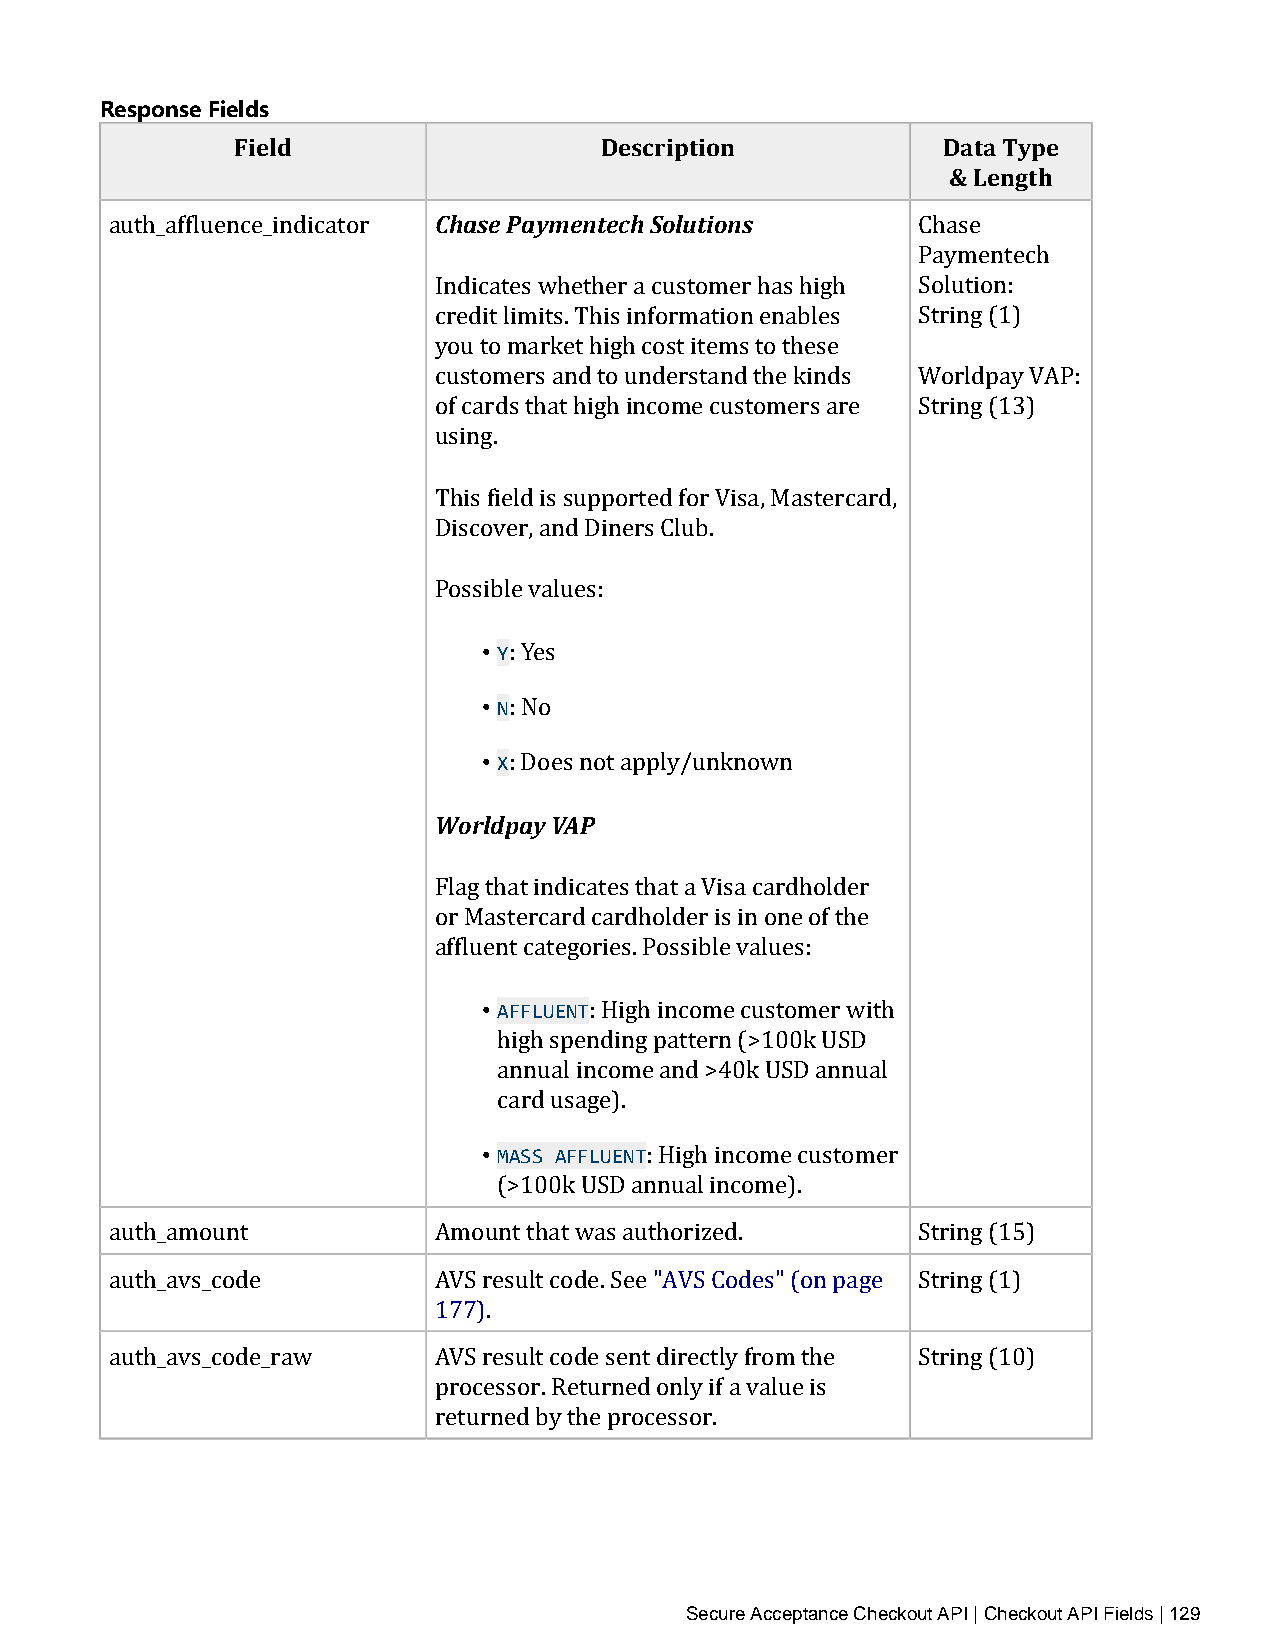
Response Fields
 Field                   Description           Data Type
 & Length
 Chase Paymentech Solutions
 auth_affluence_indicator                              Chase
 Paymentech
 Indicates whether a customer has high Solution:
 credit limits. This information enables String (1)
 you to market high cost items to these
 customers and to understand the kinds Worldpay VAP:
 of cards that high income customers are String (13)
 using.
 This field is supported for Visa, Mastercard,
 Discover, and Diners Club.
 Possible values:
 • Y
 • N: Yes
 • X: No
 : Does not apply/unknown
 Worldpay VAP
 Flag that indicates that a Visa cardholder
 or Mastercard cardholder is in one of the
 affluent categories. Possible values:
 • AFFLUENT
 : High income customer with
 high spending pattern (>100k USD
 annual income and >40k USD annual
 • cMaASrdS uAsFaFgLeU)E.NT
 : High income customer
 (>100k USD annual income).
 auth_amount           Amount that was authorized.     String (15)
 auth_avs_code         AVS result code. See "AVS Codes" (on page String (1)
 177).
 auth_avs_code_raw     AVS result code sent directly from the String (10)
 processor. Returned only if a value is
 returned by the processor.
 Secure Acceptance Checkout API | Checkout API Fields | 129